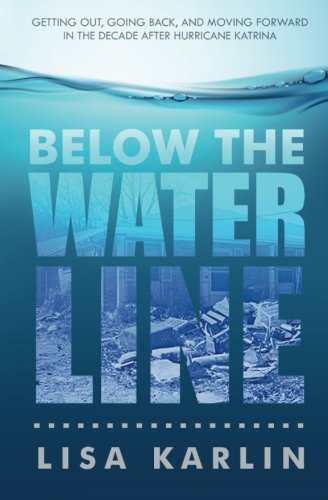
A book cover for Below the Water Line: Getting Out, Going Back, and Moving Forward in the Decade After Hurricane Katrina; Lisa Karlin; Science & Math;